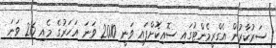
ސަރުކާރުން އެގްރީމެންޓުގައި ސޮއިކޮށްފައި ވަނީ 2010 ވަނަ އަހަރުގެ މެއި 26 ވަނަ